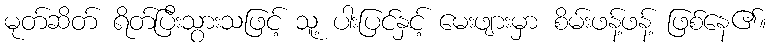
မုတ်ဆိတ် ရိတ်ပြီးသွားသဖြင့် သူ့ ပါးပြင်နှင့် မေးဖျားမှာ စိမ်းဖန့်ဖန့် ဖြစ်နေ၏။